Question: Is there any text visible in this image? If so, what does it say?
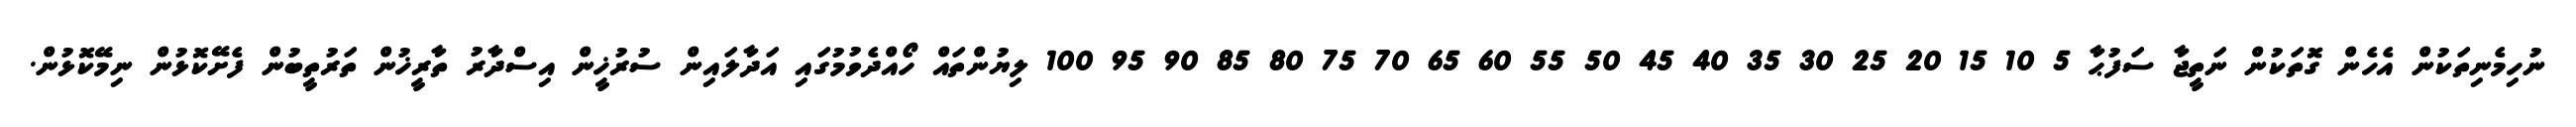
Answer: ނުހިމެނިތަކުން އެހެން ގޮތަކުން ނަތީޖާ ސަފުޙާ 5 10 15 20 25 30 35 40 45 50 55 60 65 70 75 80 85 90 95 100 ލިޔުންތައް ހޯއްދެވުމުގައި އަދާލައިން ސުރުޚީން އިސްދާރު ތާރީޚުން ތަރުތީބުން ފެށޭކޮޅުން ނިމޭކޮޅުން.